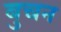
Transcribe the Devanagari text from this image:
बुचन